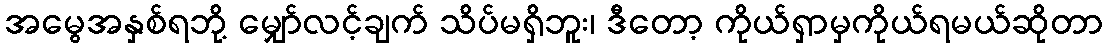
အမွေအနှစ်ရဘို့ မျှော်လင့်ချက် သိပ်မရှိဘူး၊ ဒီတော့ ကိုယ်ရှာမှကိုယ်ရမယ်ဆိုတာ